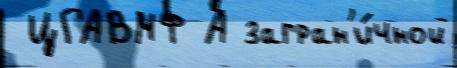
 ЦГАВМФ А загран'и́чной